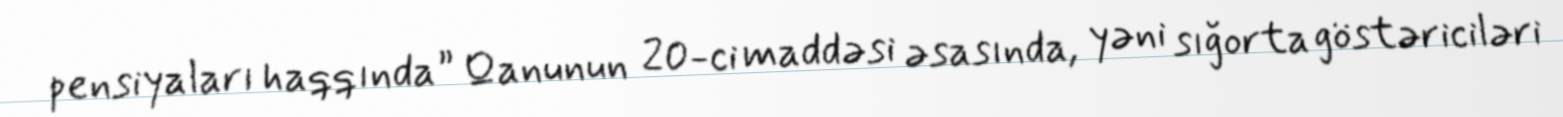
pensiyaları haqqında” Qanunun 20-ci maddəsi əsasında, yəni sığorta göstəriciləri